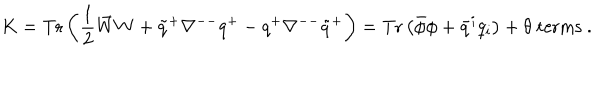
K = \mathrm { T r } \left( \frac { 1 } { 2 } \bar { W } W + \tilde { q } ^ { + } \nabla ^ { -- } q ^ { + } - q ^ { + } \nabla ^ { -- } \tilde { q } ^ { + } \right) = \mathrm { T r } \left( \bar { \phi } \phi + \bar { q } ^ { i } q _ { i } \right) + \theta \ \mathrm { t e r m s } \ .